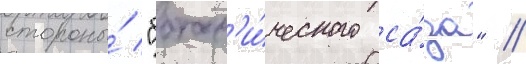
стороны́ "ботан'и́ческого са́да" //